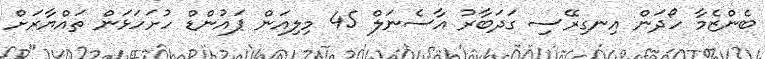
ބެންޒެމާ ހޯދަން އިނގިރޭސި ގަދަބާރު އާސެނަލް 45 މިލިއަން ޕައުންޑް ހުށަހަޅަން ތައްޔާރަށް